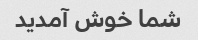
شما خوش آمدید